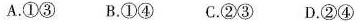
A.①③B.①④C.②③D.②④